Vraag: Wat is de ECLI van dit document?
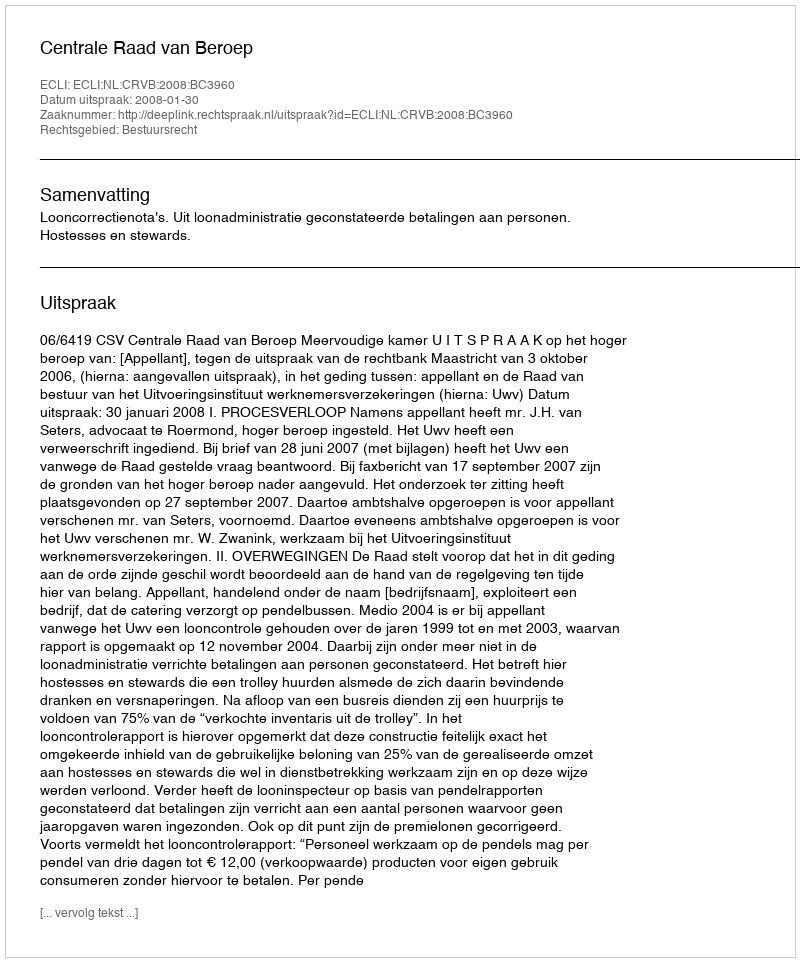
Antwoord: ECLI:NL:CRVB:2008:BC3960